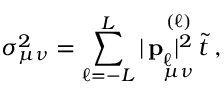
\sigma _ { \mu \nu } ^ { 2 } = \sum _ { \ell = - L } ^ { L } | \mathop { \mathbf { p } _ { \ell } ^ { } | ^ { 2 } \: \tilde { t } } _ { \mu \nu } ^ { ( \ell ) } \: ,